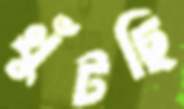
খুঁটছি